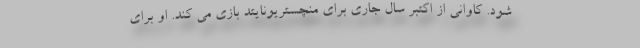
شود. کاوانی از اکتبر سال جاری برای منچستریونایتد بازی می کند. او برای